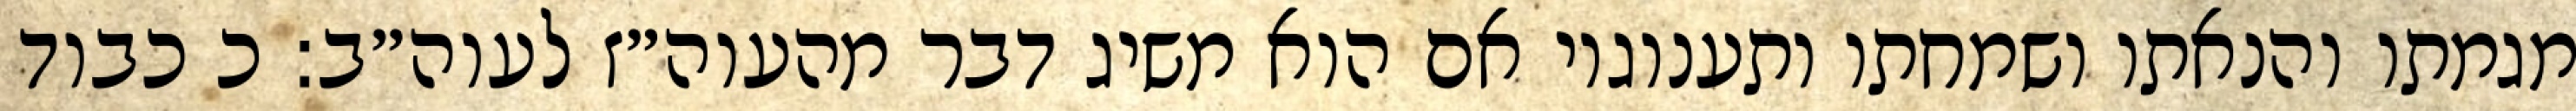
מגמתו והנאתו ושמחתו ותענוגיו אם הוא משיג דבר מהעוה״ז לעוה״ב: כ כבוד